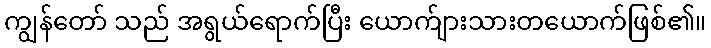
ကျွန်တော် သည် အရွယ်ရောက်ပြီး ယောက်ျားသားတယောက်ဖြစ်၏။